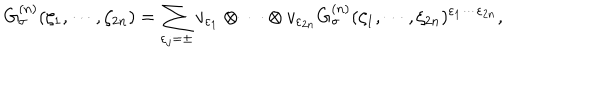
G _ { \sigma } ^ { ( n ) } ( \zeta _ { 1 } , \cdots , \zeta _ { 2 n } ) = \sum _ { \varepsilon _ { j } = \pm } v _ { \varepsilon _ { 1 } } \otimes \cdots \otimes v _ { \varepsilon _ { 2 n } } G _ { \sigma } ^ { ( n ) } ( \zeta _ { 1 } , \cdots , \zeta _ { 2 n } ) ^ { \varepsilon _ { 1 } \cdots \varepsilon _ { 2 n } } ,